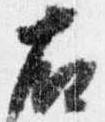
右